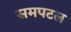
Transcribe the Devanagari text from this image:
समपटल